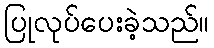
ပြုလုပ်ပေးခဲ့သည်။